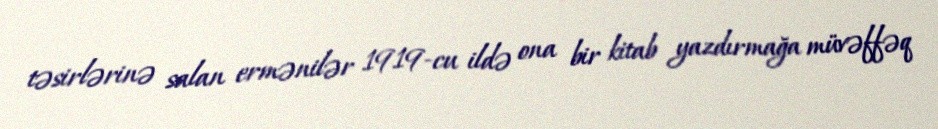
təsirlərinə salan ermənilər 1919-cu ildə ona bir kitab yazdırmağa müvəffəq